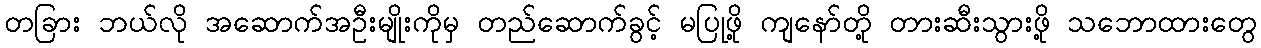
တခြား ဘယ်လို အဆောက်အဦးမျိုးကိုမှ တည်ဆောက်ခွင့် မပြုဖို့ ကျနော်တို့ တားဆီးသွားဖို့ သဘောထားတွေ